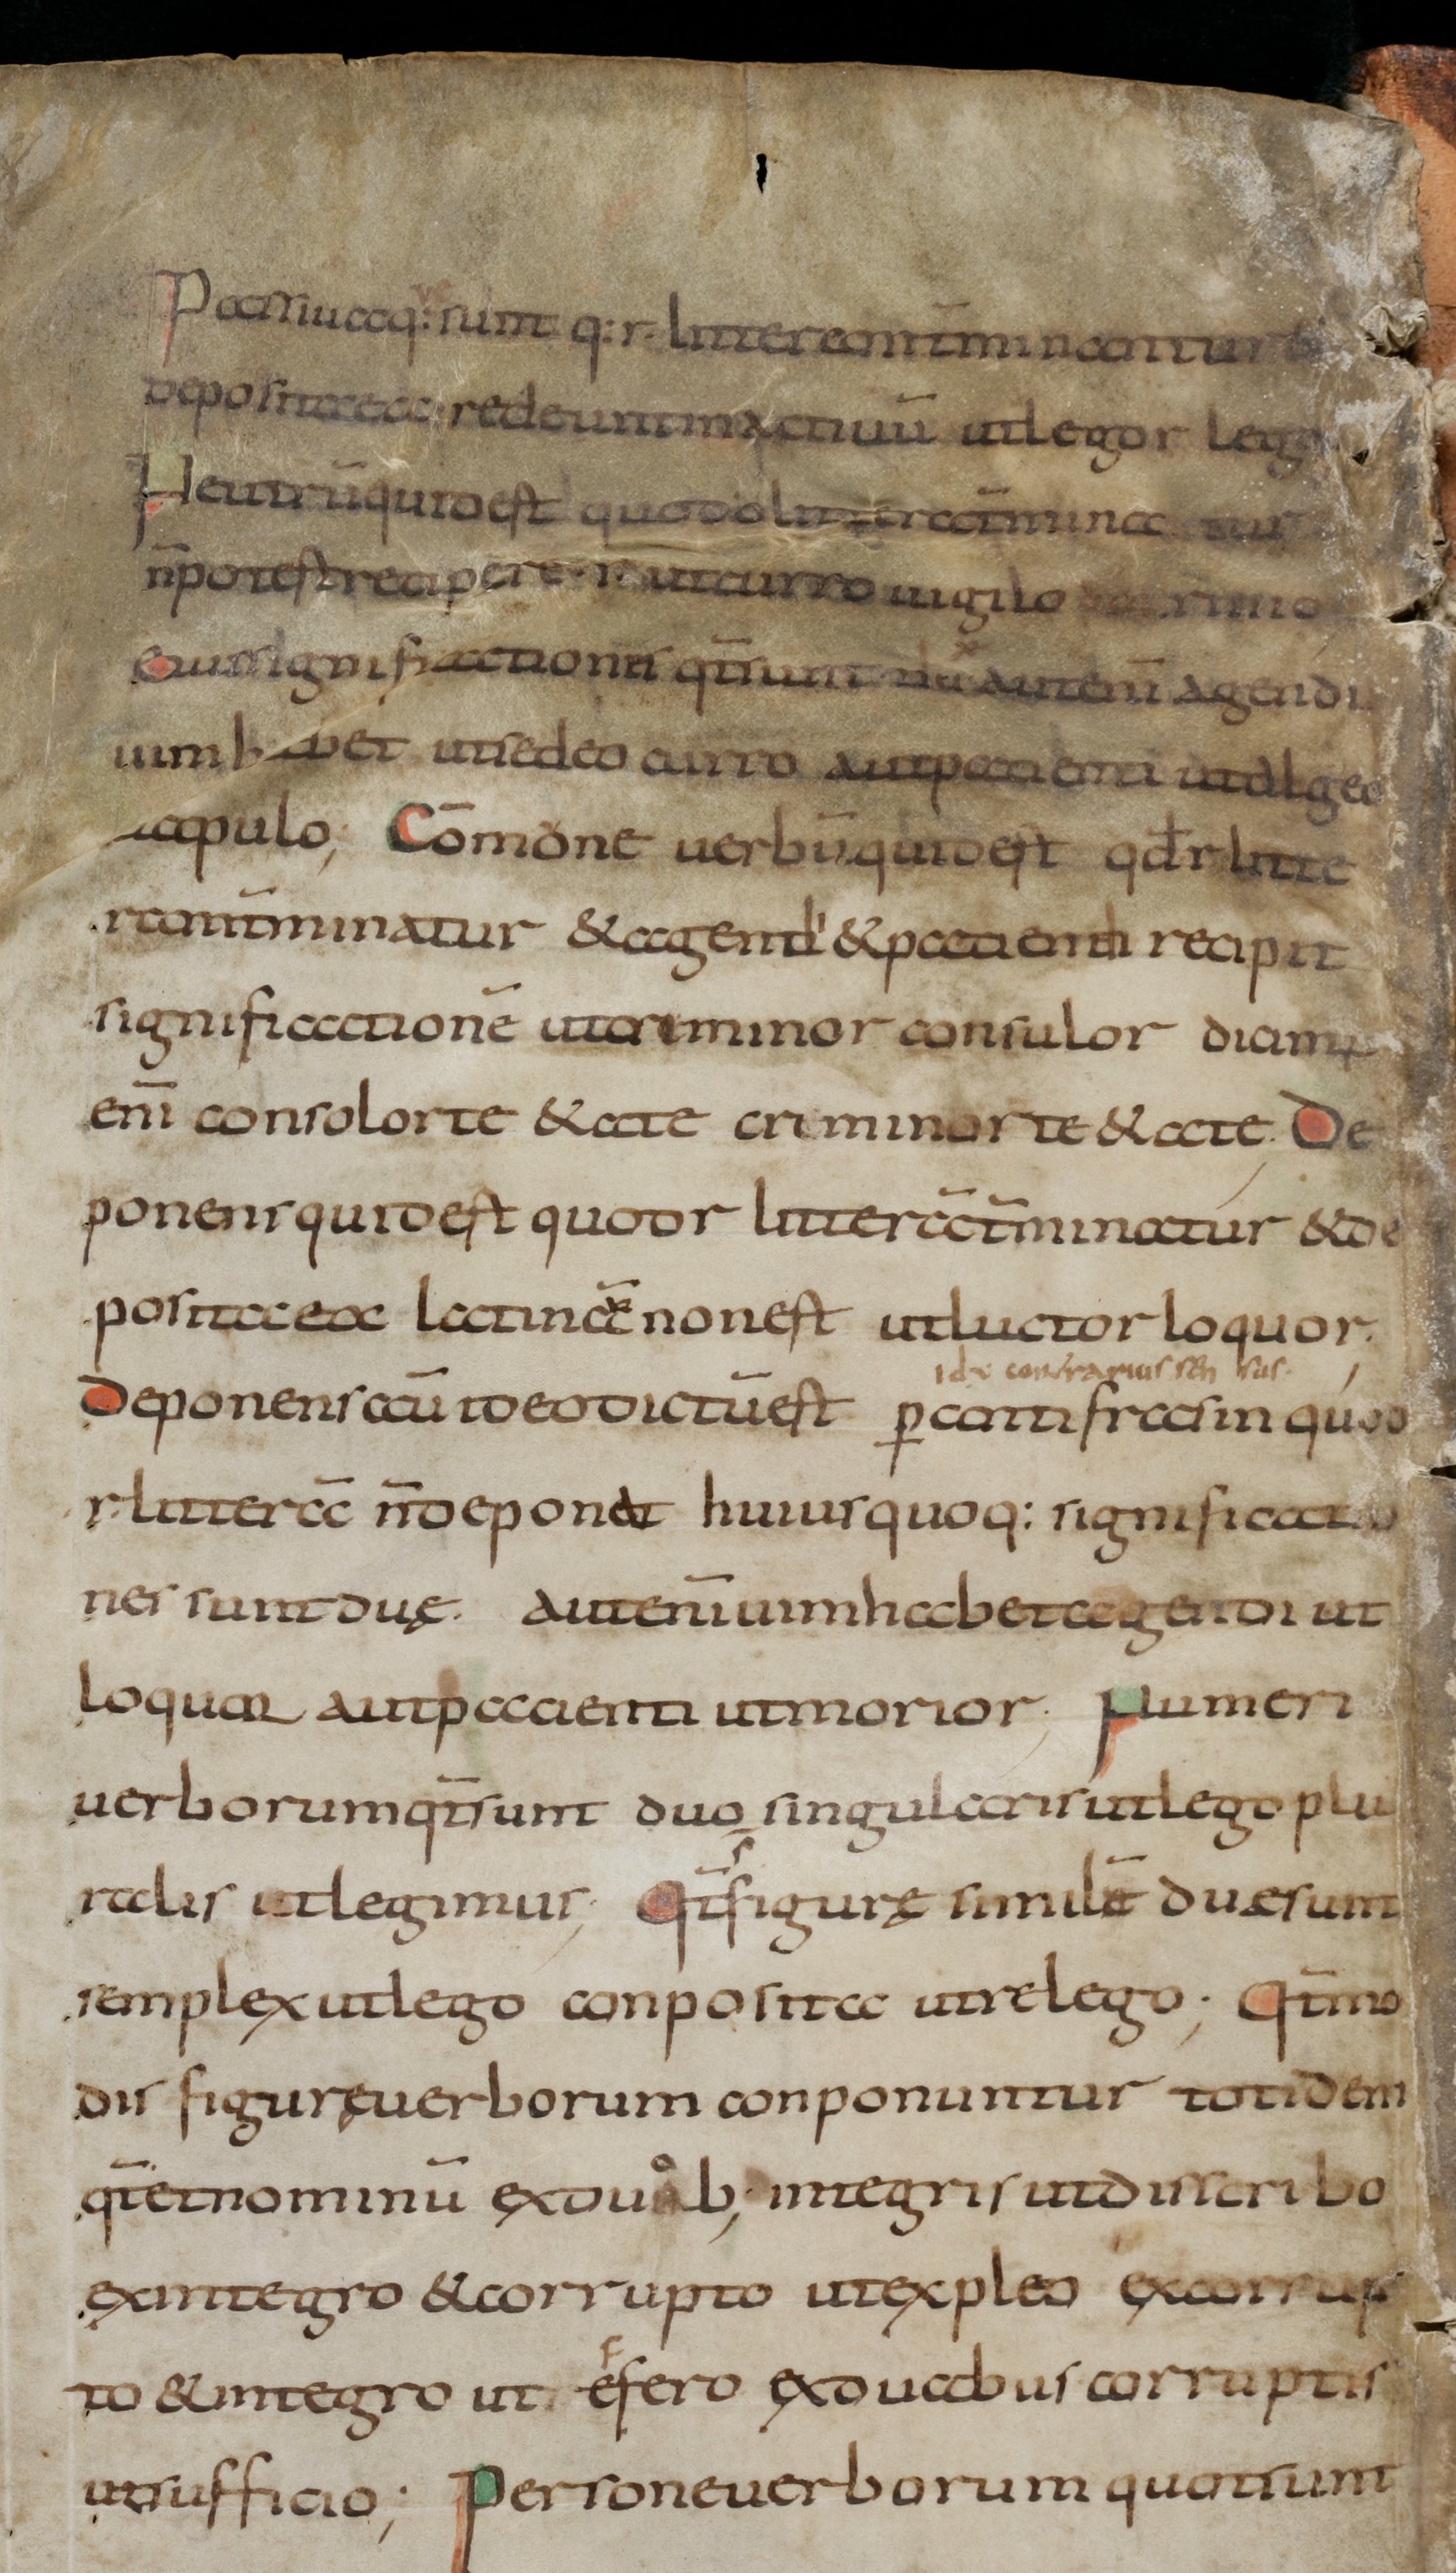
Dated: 800–899